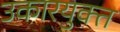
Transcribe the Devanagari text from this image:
उकारयुक्त